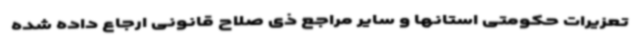
تعزیرات حکومتی استانها و سایر مراجع ذی صلاح قانونی ارجاع داده شده